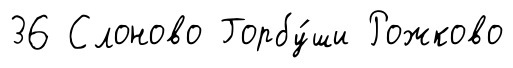
36 Слоново Горбу́ши Рожково